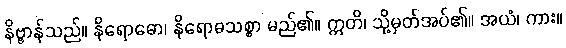
နိဗ္ဗာန်သည်။ နိရောဓော၊ နိရောဓသစ္စာ မည်၏။ ဣတိ၊ သို့မှတ်အပ်၏။ အယံ၊ ကား။